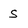
Character: S